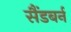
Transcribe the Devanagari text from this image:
सैंडबर्न